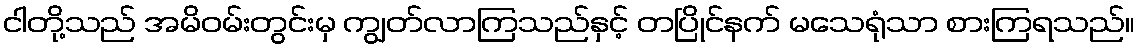
ငါတို့သည် အမိဝမ်းတွင်းမှ ကျွတ်လာကြသည်နှင့် တပြိုင်နက် မသေရုံသာ စားကြရသည်။